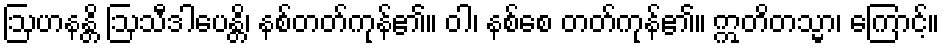
ဩဟနန္တိ ဩသီဒါပေန္တိ၊ နစ်တတ်ကုန်၏။ ဝါ၊ နစ်စေ တတ်ကုန်၏။ ဣတိတသ္မာ၊ ကြောင့်။